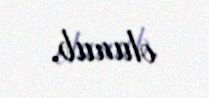
olunub.